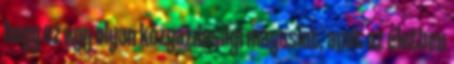
hogy ez egy olyan közgazdasági magaslat, amit az életben